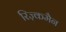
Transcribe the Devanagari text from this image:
रिज़्कमैन